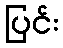
ပြင်း